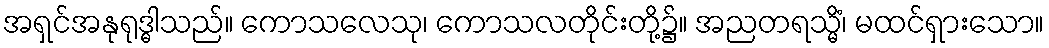
အရှင်အနုရုဒ္ဓါသည်။ ကောသလေသု၊ ကောသလတိုင်းတို့၌။ အညတရသ္မိံ၊ မထင်ရှားသော။